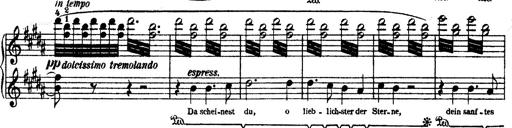
Title: O du mein holder Abendstern
Composer: Franz Liszt